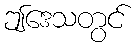
ဤဒေသတွင်